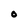
Character: O